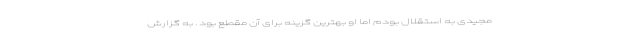
مجیدی به استقلال بودم اما او بهترین گزینه برای آن مقطع بود . به گزارش